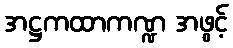
အဋ္ဌကထာကဏ္ဍ အဖွင့်